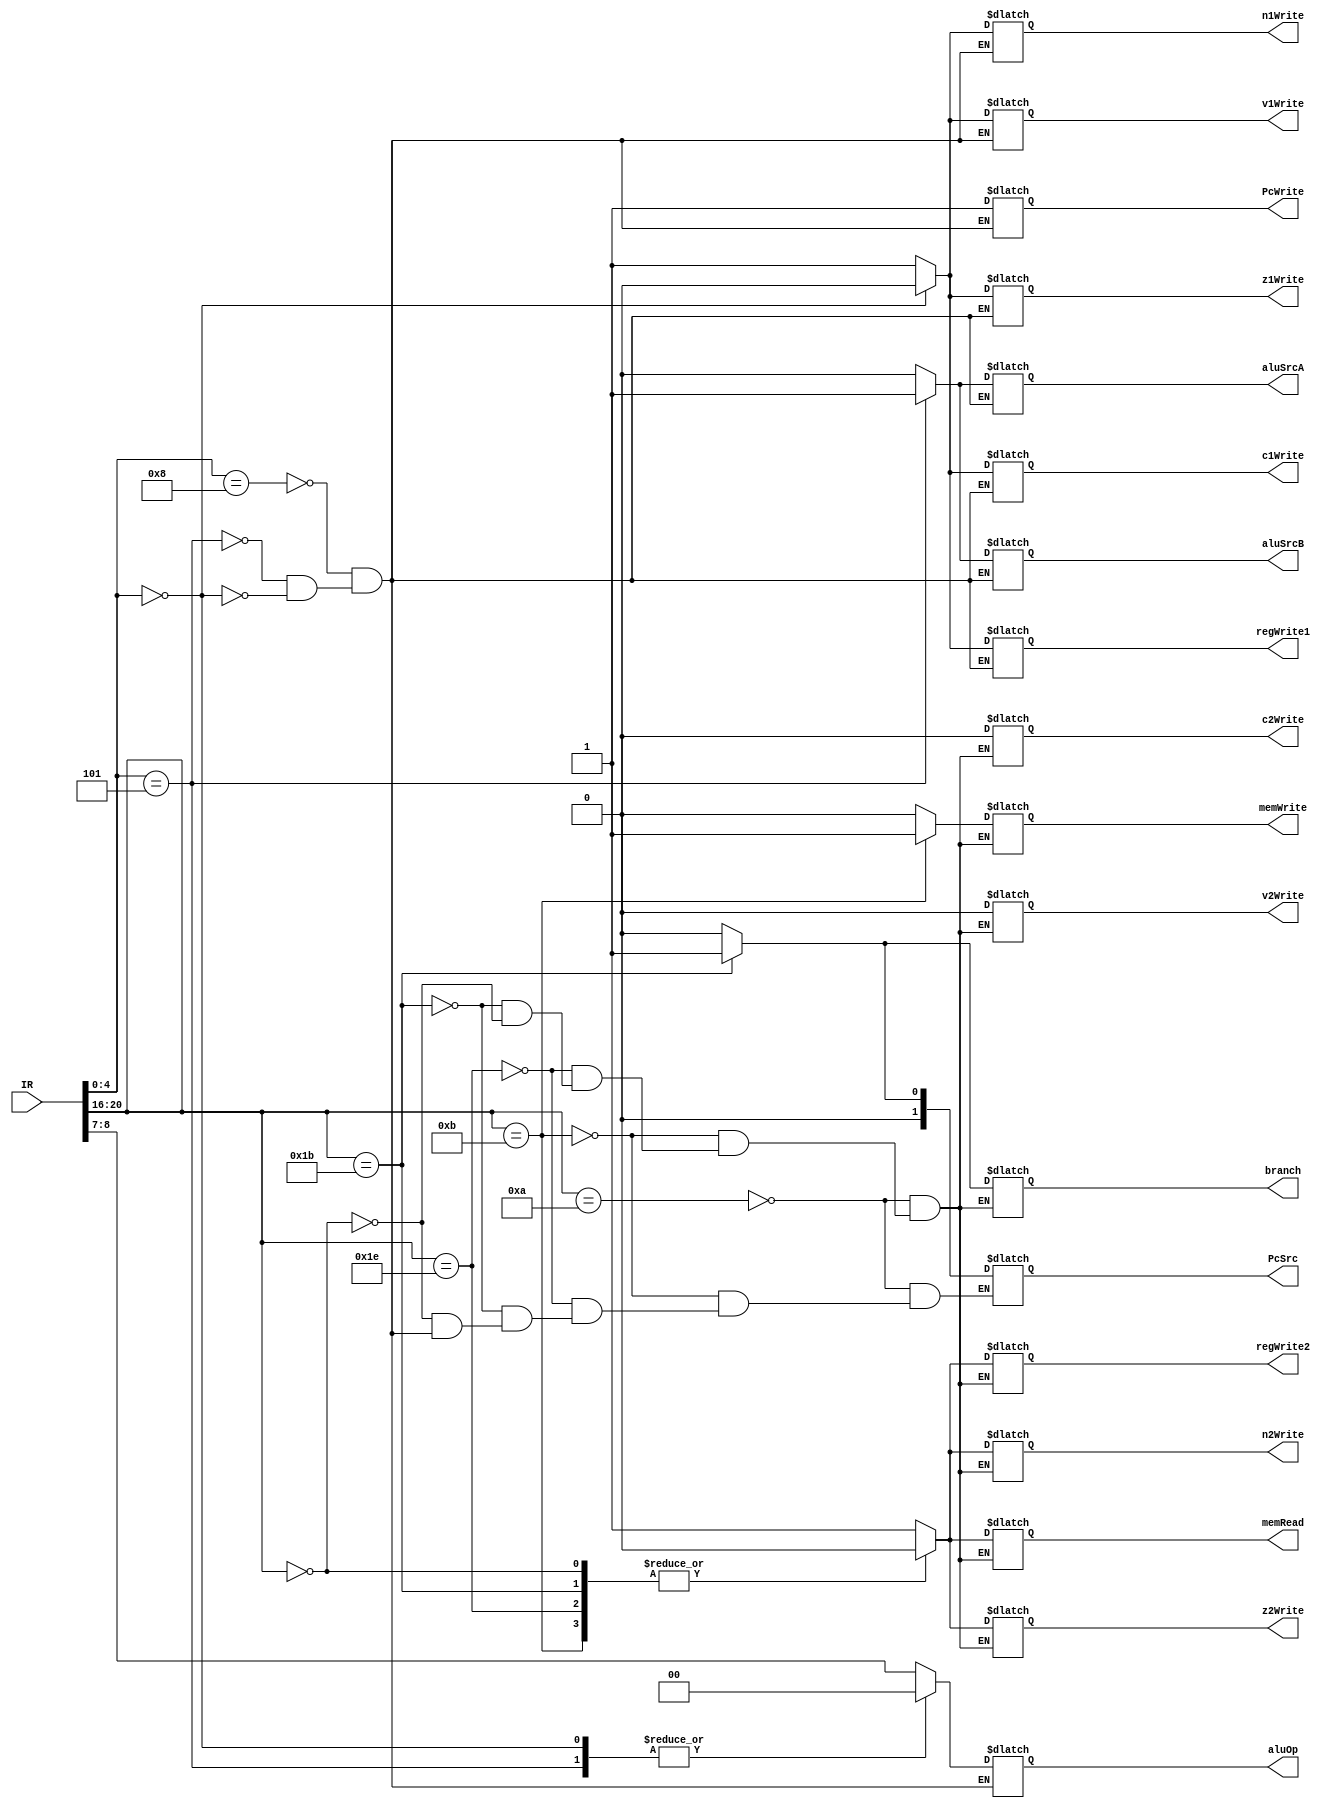
module CntrlCkt(input [31:0] IR, output reg regWrite1,output reg regWrite2,
				output reg z1Write,output reg n1Write,output reg c1Write, output reg v1Write, output reg z2Write, output reg n2Write,output reg c2Write,output reg v2Write,
				output reg [1:0]aluOp, output reg branch,output reg PcWrite, output reg [1:0] PcSrc,output reg memRead, output reg memWrite, output reg aluSrcA, output reg aluSrcB			
				);

always@(IR)
	begin
		// for the first instruction
		casex({IR[4:0]})
			5'b01000: 	begin
							   regWrite1 = 1'b1;
    				      		aluSrcA = 1'b0;
    							   aluSrcB = 0;
    							   z1Write=1;
    						    	n1Write=1;
    							   c1Write=1;
    							   v1Write=1;
    							   aluOp=IR[8:7];
    							   PcWrite=1;
    							   PcSrc=2'b00;
    						     end
			5'b00101: 	begin
  							   regWrite1 = 1'b1;
 							   aluSrcA = 1'b1; // for offset
  							   aluSrcB = 1;
  							   z1Write=1;
  							   n1Write=1;
  							   c1Write=1;
  							   v1Write=1;
  							   aluOp=2'b00;
						     PcWrite=1;
						     PcSrc=2'b00;
						     end
			5'b00000: 	begin//for nop
							   regWrite1 = 0;
							   aluSrcA = 0; // for offset
							   aluSrcB = 0;
							   z1Write=0;
							   n1Write=0;
							   c1Write=0;
							   v1Write=0;
							   aluOp=2'b00;
						     PcWrite=1;
						     PcSrc=2'b00;
						     end
		endcase				
		// for the second instruction
		casex({IR[20:16]})
			5'b01010: 	begin //load
							   regWrite2 = 1'b1;
							   branch=0;
							   PcSrc=2'b00;
						    	z2Write=1;
							   n2Write=1;
						    	c2Write=0;
						    	v2Write=0;
						    	memRead=1;
							   memWrite=0;
							   PcSrc=2'b00;
						     end
			5'b01011: 	begin //store
							   regWrite2 = 1'b0;
							   memRead = 1'b0;
							   memWrite = 1'b1;
							   branch = 1'b0;
							   PcSrc=2'b00;
							   z2Write=0;
							   n2Write=0;
							   c2Write=0;
							   v2Write=0;
							   PcSrc=2'b00;
						     end
			5'b11110: 	begin//jump
							   regWrite2 = 0;
							   branch=0;
							   PcSrc=2'b10;
							   z2Write=0;
							   n2Write=0;
							   c2Write=0;
							   v2Write=0;
							   memRead=0;
						    	memWrite=0;
						    	PcSrc=2'b00;
						     end
			5'b11011:   begin//branch
							    regWrite2 = 0;
							    branch=1;
							    PcSrc=2'b01;
						     	z2Write=0;
						    	n2Write=0;
							   c2Write=0;
							   v2Write=0;
							   memRead=0;
							   memWrite=0;
					       	end
			5'b00000: 	begin//for nop
							   regWrite2 = 0;
							   branch=0;
							   PcSrc=2'b00;
							   z2Write=0;
							   n2Write=0;
							   c2Write=0;
							   v2Write=0;
							   memRead=0;
							   memWrite=0;
							   PcSrc=2'b00;
						     end
		endcase
	end
endmodule